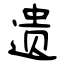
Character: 遗